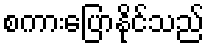
စကားပြောနိုင်သည်